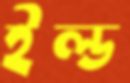
ইল্ড